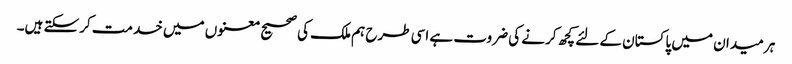
ہر میدان میں پاکستان کے لئے کچھ کرنے کی ضروت ہے اسی طرح ہم ملک کی صحیح معنوں میں خدمت کرسکتے ہیں۔